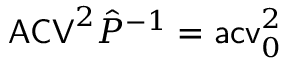
\mathsf { A C V } ^ { 2 } \hat { P } ^ { - 1 } = \mathsf { a c v } _ { 0 } ^ { 2 }